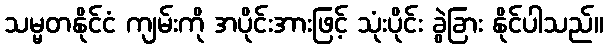
သမ္မတနိုင်ငံ ကျမ်းကို အပိုင်းအားဖြင့် သုံးပိုင်း ခွဲခြား နိုင်ပါသည်။